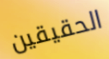
الحقيقين